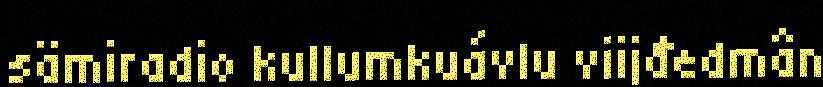
sämiradio kullumkuávlu viijđedmân